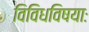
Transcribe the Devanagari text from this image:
विविधविषयाः